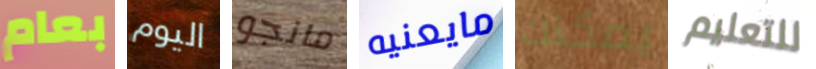
بعام اليوم مانجو مايعنيه يمكنك للتعليم